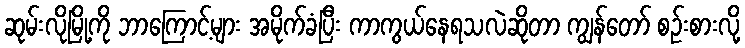
ဆုမ်းလိုမြို့ကို ဘာကြောင့်များ အမိုက်ခံပြီး ကာကွယ်နေရသလဲဆိုတာ ကျွန်တော် စဉ်းစားလို့